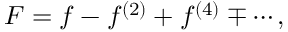
F = f - f ^ { ( 2 ) } + f ^ { ( 4 ) } \mp \cdots ,